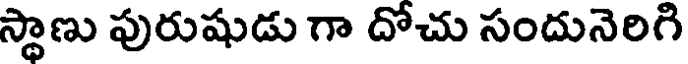
స్థాణు పురుషుడు గా దోచు సందునెరిగి